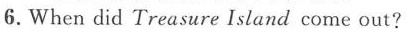
6.When did Treasure Island come out?